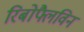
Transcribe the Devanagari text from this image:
रिबोफ्लैविन